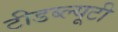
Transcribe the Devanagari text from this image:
टीडब्ल्यूटी